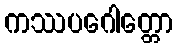
ကဿပဂေါတ္တော